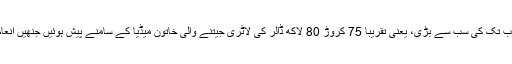
امریکی تاریخ میں اب تک کی سب سے بڑی، یعنی تقریباً 75 کروڑ 80 لاکھ ڈالر کی لاٹری جیتنے والی خاتون میڈیا کے سامنے پیش ہوئیں جنھیں انعام سے نوازا گيا ہے۔